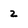
Character: 2